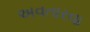
અવતારવા